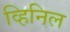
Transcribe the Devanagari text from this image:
व्हिनिल